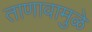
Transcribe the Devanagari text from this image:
ताणावामुळे